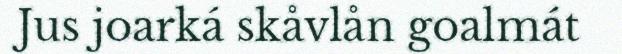
Jus joarká skåvlån goalmát